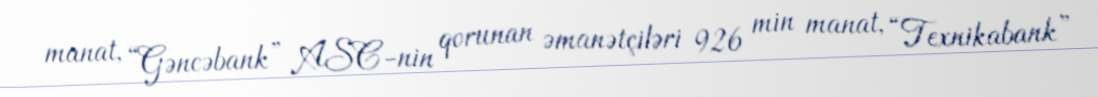
manat, “Gəncəbank” ASC-nin qorunan əmanətçiləri 926 min manat, “Texnikabank”